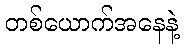
တစ်ယောက်အနေနဲ့